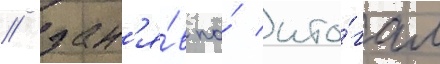
/ зан'я́в по́ ито́гам